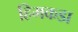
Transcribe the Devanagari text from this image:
हिमकडा